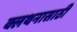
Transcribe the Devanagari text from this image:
क्लथनासाठी